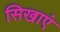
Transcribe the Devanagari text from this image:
सिखाएं